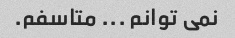
نمی توانم ... متاسفم.